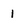
Character: 1